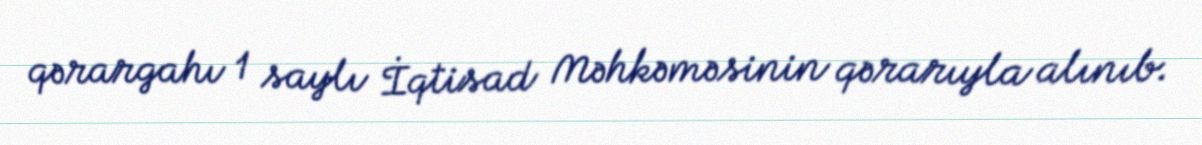
qərargahı 1 saylı İqtisad Məhkəməsinin qərarıyla alınıb.